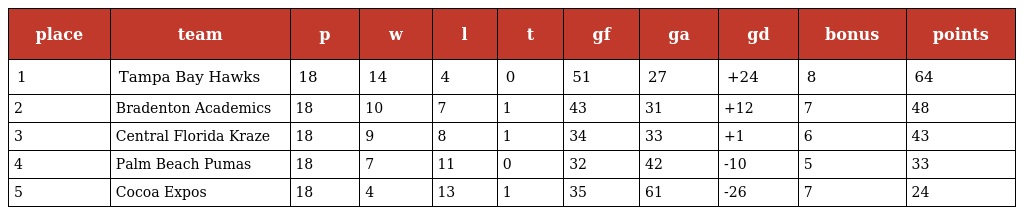
| place | team | p | w | l | t | gf | ga | gd | bonus | points |
 | --- | --- | --- | --- | --- | --- | --- | --- | --- | --- | --- |
 | 1 | Tampa Bay Hawks | 18 | 14 | 4 | 0 | 51 | 27 | +24 | 8 | 64 |
 | 2 | Bradenton Academics | 18 | 10 | 7 | 1 | 43 | 31 | +12 | 7 | 48 |
 | 3 | Central Florida Kraze | 18 | 9 | 8 | 1 | 34 | 33 | +1 | 6 | 43 |
 | 4 | Palm Beach Pumas | 18 | 7 | 11 | 0 | 32 | 42 | -10 | 5 | 33 |
 | 5 | Cocoa Expos | 18 | 4 | 13 | 1 | 35 | 61 | -26 | 7 | 24 |